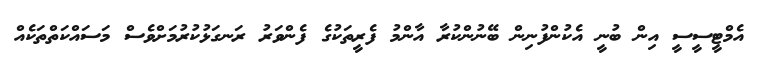
އެމްޓީސީސީ އިން ބުނީ އެކުންފުނިން ބޭނުންކުރާ އާންމު ފެރީތަކުގެ ފެންވަރު ރަނގަޅުކުރުމަށްވެސް މަސައްކަތްތަކެއް